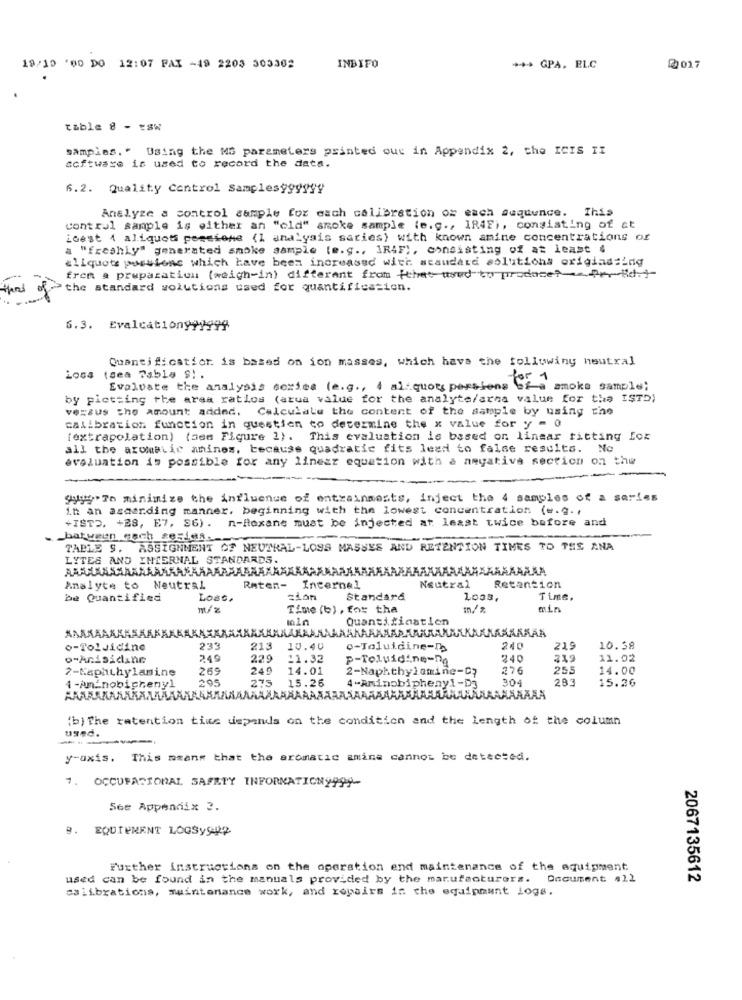
19/10 '00 DO 12:07 PAX -49 2203 303302
INBIFO
*** GPA. ELC
2017
table 8 - tsw
samples. " Using the MS parameters printed out in Appendix 2, the ICIS II
acftware is used to record the data.
6.2. Quality Control Samples999999
Analyze a control sample for each calibration os each sequence. This
control sample is either an "old" smoke sample (e.g ., IR4F), consisting of at
iGest 4 aliquots pessione (1 analyais saries) with known anine concentrations of
a "freshly" generated smoke sample (e. g ., IRAF), consisting of at least 4
eliquots portions which have been increased with standard solutions origiadsind
frem a preparation (weigh-in) different from that used to produce?Per-id.1
the standard solutions used for quantification.
6.3. Evalcationy 9999
Quantification. is based on ion masses, which have the following neutral
Loss (sea Tabla $) .
Evaluate the analysis series (e.g ., 4 al quots persions of a smoke sample;
by pictting the area ratlos (arua value for the analyte/arna value for the ISTD)
versus the amount added. Calculate the content of the sample by using the
calibration function in questien to determine the x value for y - 0
[extrapolation) (see Figure 1). This evaluation is based on linear fitting For
all the azomatic anines, because quadratic fits lead to false results. No
evaluation is possible for any linear equation with & negativa section on the
--
9999 To minimize the influence of entrainmosts, inject the 4 samples of a series
in an asaarding manner. beginning with the lowest concentration (e.g .,
+ISTO. +28, E7, 86) . n-Roxane must be injected at least twice before and
hat ween esch ge51,08-
TABLE 9. ASSIGNMENT OF NEUTRAL-LOSS MASSES AND RETENTION TIMES TO THE ANA
LYTES AND INTERNAL STANDARDS.
AAAAAAA
Analyte to Neutral
Raten- Incernel
Neutral
Retention
be Quantified
Lost.
ción
Standard
Time.
m/2
Time (b), for the
min
min
Quantifinatien
o-Toluidine
233
213 10.40
0-Toluidine-Db
240
219
10.58
o-Anisidine
249
229
11.32
P-Toluidine-Da
240
11.02
2-Naphthylamine
26º
240
14.01
2-Naphthylamine-C?
376
255
14.00
295
275
15.26
4 -Aminobipheny1-D3
304
283
15.26
1 -An'nobicheny1
(b) The retention time depends on the condition and the length of the column
useC.
y-axis. This means that the aromatic amine cannot be detected.
7. OCCUPATIONAL SAFETY INFORMATIONy999-
See Appendix 2.
EQUIPMENT LOGSy992
Further instructions on the operation end maintenance of the equipment
used can be found in the manuals provided by the manufacturers. Document ,1l
2067135612
calibrations, maintenance work, and repairs in the equipment logs.